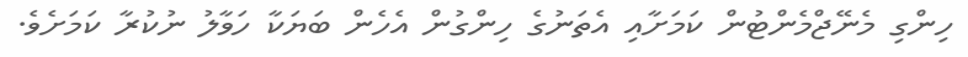
ހިންގި މެނޭޖްމެންޓުން ކަމަށާއި އެތަނުގެ ހިންގުން އެހެން ބަޔަކާ ހަވާލު ނުކުރާ ކަމަށެވެ.